Plague in India, 1896, 1897 - Volume 3
Year: 1896
Disease focus: Plague
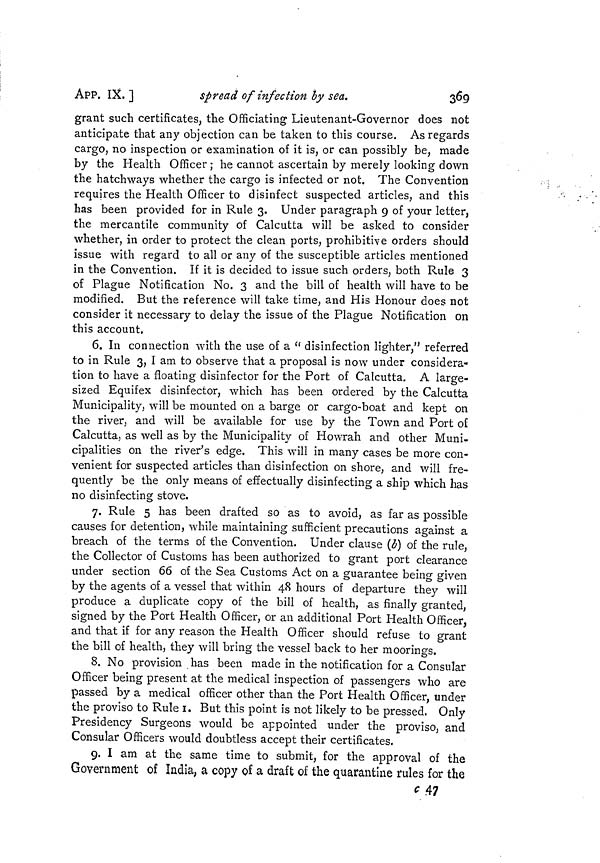
APP. IX. ]
spread of infection by sea.
369
grant such certificates, the Officiating Lieutenant-Governor does not
anticipate that any objection can be taken to this course. As regards
cargo, no inspection or examination of it is, or can possibly be, made
by the Health Officer ; he cannot ascertain by merely looking down
the hatchways whether the cargo is infected or not. The Convention
requires the Health Officer to disinfect suspected articles, and this
has been provided for in Rule 3. Under paragraph 9 of your letter,
the mercantile community of Calcutta will be asked to consider
whether, in order to protect the clean ports, prohibitive orders should
issue with regard to all or any of the susceptible articles mentioned
in the Convention. If it is decided to issue such orders, both Rule 3
of Plague Notification No. 3 and the bill of health will have to be
modified. But the reference will take time, and His Honour does not
consider it necessary to delay the issue of the Plague Notification on
this account.
6. In connection with the use of a " disinfection lighter," referred
to in Rule 3, I am to observe that a proposal is now under considera-
tion to have a floating disinfector for the Port of Calcutta. A large-
sized Equifex disinfector, which has been ordered by the Calcutta
Municipality, will be mounted on a barge or cargo-boat and kept on
the river, and will be available for use by the Town and Port of
Calcutta, as well as by the Municipality of Howrah and other Muni-
cipalities on the river's edge. This will in many cases be more con-
venient for suspected articles than disinfection on shore, and will fre-
quently be the only means of effectually disinfecting a ship which has
no disinfecting stove.
7. Rule 5 has been drafted so as to avoid, as far as possible
causes for detention, while maintaining sufficient precautions against a
breach of the terms of the Convention. Under clause (b) of the rule,
the Collector of Customs has been authorized to grant port clearance
under section 66 of the Sea Customs Act on a guarantee being given
by the agents of a vessel that within 48 hours of departure they will
produce a duplicate copy of the bill of health, as finally granted,
signed by the Port Health Officer, or an additional Port Health Officer,
and that if for any reason the Health Officer should refuse to grant
the bill of health, they will bring the vessel back to her moorings.
8. No provision has been made in the notification for a Consular
Officer being present at the medical inspection of passengers who are
passed by a medical officer other than the Port Health Officer, under
the proviso to Rule 1. But this point is not likely to be pressed. Only
Presidency Surgeons would be appointed under the proviso, and
Consular Officers would doubtless accept their certificates.
9. I am at the same time to submit, for the approval of the
Government of India, a copy of a draft of the quarantine rules for the
c .47